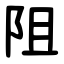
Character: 阻